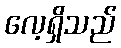
လေ့ရှိသည်